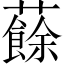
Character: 𧃋